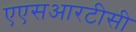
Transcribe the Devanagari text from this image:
एएसआरटीसी